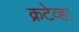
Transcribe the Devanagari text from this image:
क्रटेव्हा